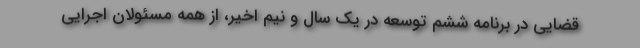
قضایی در برنامه ششم توسعه در یک سال و نیم اخیر، از همه مسئولان اجرایی